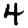
Digit: 4